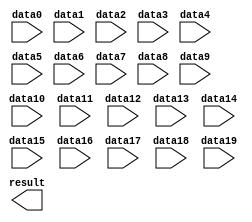
module gl_and20 (
	data0,
	data1,
	data10,
	data11,
	data12,
	data13,
	data14,
	data15,
	data16,
	data17,
	data18,
	data19,
	data2,
	data3,
	data4,
	data5,
	data6,
	data7,
	data8,
	data9,
	result);

	input	  data0;
	input	  data1;
	input	  data10;
	input	  data11;
	input	  data12;
	input	  data13;
	input	  data14;
	input	  data15;
	input	  data16;
	input	  data17;
	input	  data18;
	input	  data19;
	input	  data2;
	input	  data3;
	input	  data4;
	input	  data5;
	input	  data6;
	input	  data7;
	input	  data8;
	input	  data9;
	output	  result;

endmodule